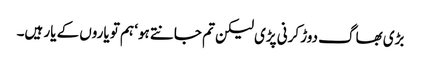
بڑی بھاگ دوڑ کرنی پڑی لیکن تم جانتے ہو‘ ہم تو یاروں کے یار ہیں۔